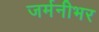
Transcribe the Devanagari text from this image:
जर्मनीभर